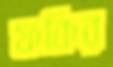
ফকির